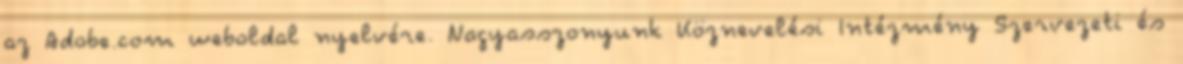
az Adobe.com weboldal nyelvére. Nagyasszonyunk Köznevelési Intézmény Szervezeti és